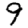
Digit: 9